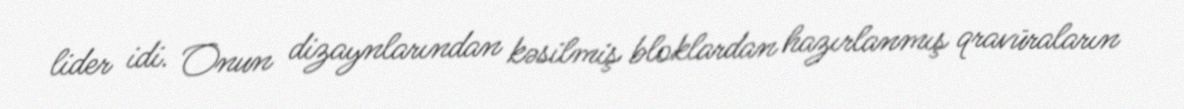
lider idi. Onun dizaynlarından kəsilmiş bloklardan hazırlanmış qravüraların